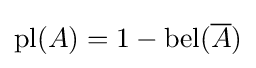
\operatorname {pl} (A)=1-\operatorname {bel} ({\overline {A}})